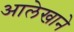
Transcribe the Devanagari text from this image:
आलेखाने